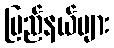
ပြည်နယ်များ